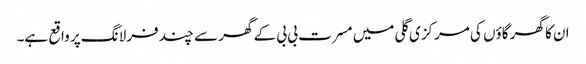
ان کا گھر گاؤں کی مرکزی گلی میں مسرت بی بی کے گھر سے چند فرلانگ پر واقع ہے۔